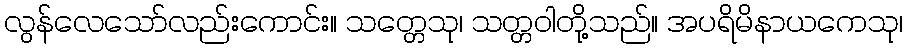
လွန်လေသော်လည်းကောင်း။ သတ္တေသု၊ သတ္တဝါတို့သည်။ အပရိမိနာယကေသု၊